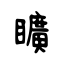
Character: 矌